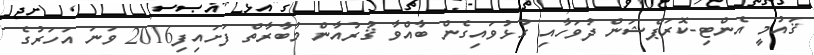
ޤައުމީ އެންޓި-ކޮރަޕްޝަން ދުވަހާއި ގުޅުވައިގެން ބާއްވާ ޤުރުއާން މުބާރާތް ފަށައިފި2016 ވަނަ އަހަރުގެ